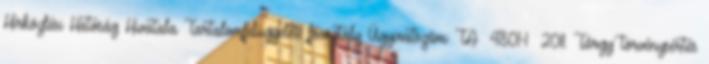
Hírközlési Hatóság Hivatala Tartalomfelügyeleti főosztály Ügyiratszám: TA 4801-1 2011. Tárgy: törvénysértés